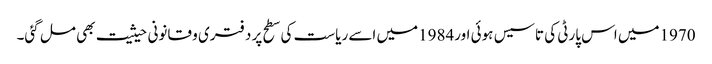
1970میں اس پارٹی کی تاسیس ہوئی اور1984میں اسے ریاست کی سطح پر دفتری و قانونی حیثیت بھی مل گئی۔